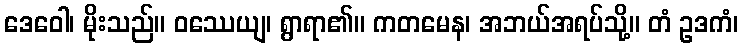
ဒေဝေါ၊ မိုးသည်။ ဝဿေယျ၊ ရွာရာ၏။ ကတမေန၊ အဘယ်အရပ်သို့။ တံ ဥဒကံ၊